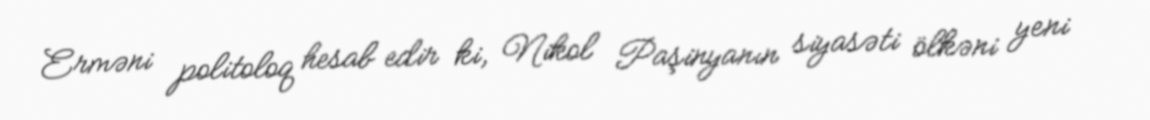
Erməni politoloq hesab edir ki, Nikol Paşinyanın siyasəti ölkəni yeni